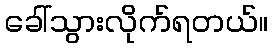
ခေါ်သွားလိုက်ရတယ်။